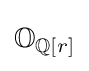
{\textstyle \mathbb {O} _{\mathbb {Q} [r]}}